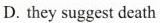
D. they suggest death